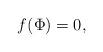
LaTeX: \begin{align*}f(\Phi)=0,\end{align*}